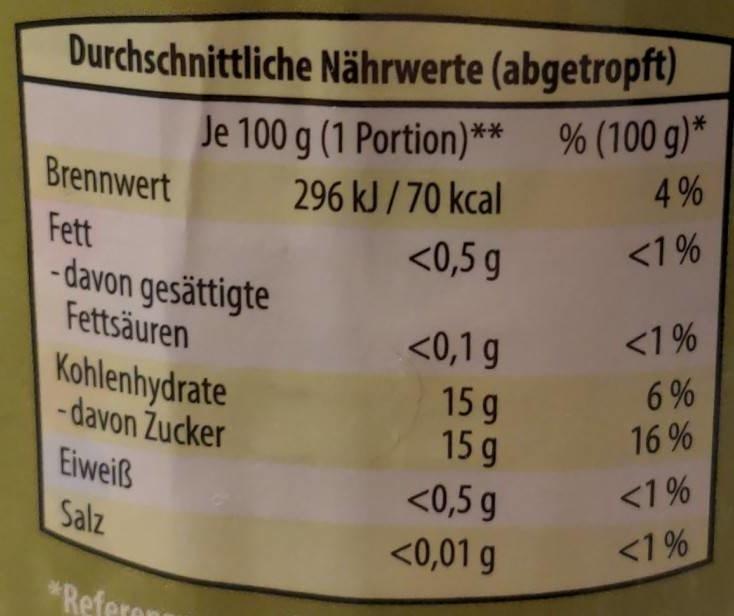
Durchschnittliche Nährwerte (abgetropft) % (100 g)*
Je 100 g (1 Portion)**
Brennwert
296 kJ / 70 kcal
4%
<1%
Fett - davon gesättigte Fettsäuren
<0,5 g
<0,1 g
<1%
Kohlenhydrate -davon Žucker
6 %
15 g 15 g <0,5 g
16 %
Eiweiß
<1%
Salz
<1%
<0,01 g
*Refern